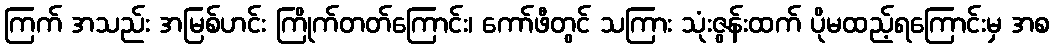
ကြက် အသည်း အမြစ်ဟင်း ကြိုက်တတ်ကြောင်း၊ ကော်ဖီတွင် သကြား သုံးဇွန်းထက် ပိုမထည့်ရကြောင်းမှ အစ